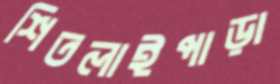
শিতলাইপাড়া